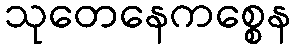
သုတေနေကစ္စေန